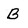
Character: B